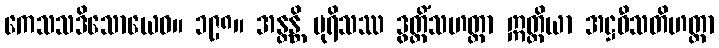
ကေသသဒိသောယေဝ။ ၁၉၈။ အန္တန္တိ ပုရိသဿ ဒွတ္တိံသဟတ္ထာ ဣတ္ထိယာ အဋ္ဌဝီသတိဟတ္ထာ